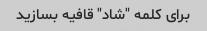
برای کلمه "شاد" قافیه بسازید